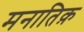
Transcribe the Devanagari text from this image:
मनातिक़